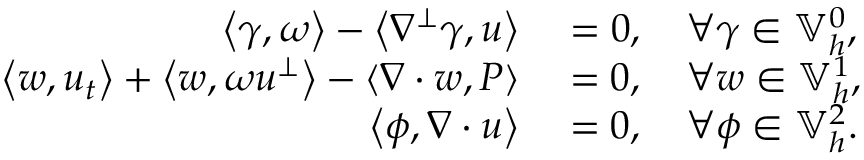
\begin{array} { r l } { \left\langle \gamma , \omega \right\rangle - \left\langle \nabla ^ { \perp } \gamma , u \right\rangle } & { { } = 0 , \quad \forall \gamma \in \mathbb { V } _ { h } ^ { 0 } , } \\ { \left\langle w , u _ { t } \right\rangle + \left\langle w , \omega u ^ { \perp } \right\rangle - \left\langle \nabla \cdot w , P \right\rangle } & { { } = 0 , \quad \forall w \in \mathbb { V } _ { h } ^ { 1 } , } \\ { \left\langle \phi , \nabla \cdot u \right\rangle } & { { } = 0 , \quad \forall \phi \in \mathbb { V } _ { h } ^ { 2 } . } \end{array}